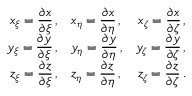
\begin{array} { r l r } { \displaystyle { x _ { \xi } = \frac { \partial x } { \partial \xi } \, \mathrm { , } } } & { \displaystyle { x _ { \eta } = \frac { \partial x } { \partial \eta } \, \mathrm { , } } } & { \displaystyle { x _ { \zeta } = \frac { \partial x } { \partial \zeta } \, \mathrm { , } } } \\ { \displaystyle { y _ { \xi } = \frac { \partial y } { \partial \xi } \, \mathrm { , } } } & { \displaystyle { y _ { \eta } = \frac { \partial y } { \partial \eta } \, \mathrm { , } } } & { \displaystyle { y _ { \zeta } = \frac { \partial y } { \partial \zeta } \, \mathrm { , } } } \\ { \displaystyle { z _ { \xi } = \frac { \partial z } { \partial \xi } \, \mathrm { , } } } & { \displaystyle { z _ { \eta } = \frac { \partial z } { \partial \eta } \, \mathrm { , } } } & { \displaystyle { z _ { \zeta } = \frac { \partial z } { \partial \zeta } \, \mathrm { . } } } \end{array}